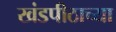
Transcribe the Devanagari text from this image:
खंडपीठाच्या